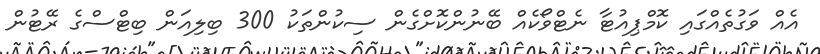
އެއް ވަގުތެއްގައި ކޮމްޕިއުޓާ ނެޓްވޯކެއް ބޭނުންކޮށްގެން ސިކުންތަކު 300 ބިލިއަން ބިޓްސްގެ ރޭޓުން